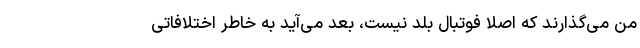
من می‌گذارند که اصلا فوتبال بلد نیست، بعد می‌آید به خاطر اختلافاتی